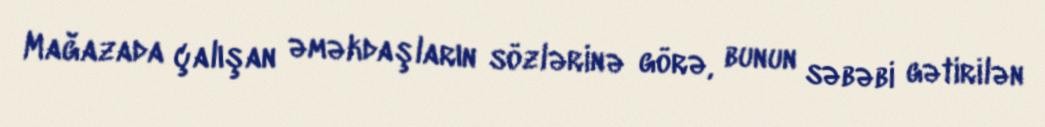
Mağazada çalışan əməkdaşların sözlərinə görə, bunun səbəbi gətirilən